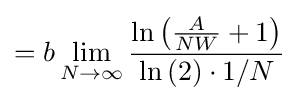
=b\lim _{N\to \infty }{\frac {\ln \left({\frac {A}{NW}}+1\right)}{\ln \left(2\right)\cdot 1/N}}